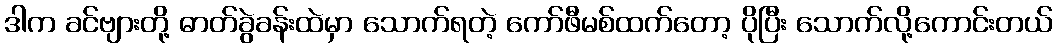
ဒါက ခင်ဗျားတို့ ဓာတ်ခွဲခန်းထဲမှာ သောက်ရတဲ့ ကော်ဖီမစ်ထက်တော့ ပိုပြီး သောက်လို့ကောင်းတယ်